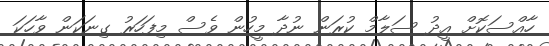
ހާއްސަކޮށް އީދު ސަލާމް ކުރަން ނުދާ މީހުން ވެސް މިފަހަރު ގިނަކަން ވާހަކަ